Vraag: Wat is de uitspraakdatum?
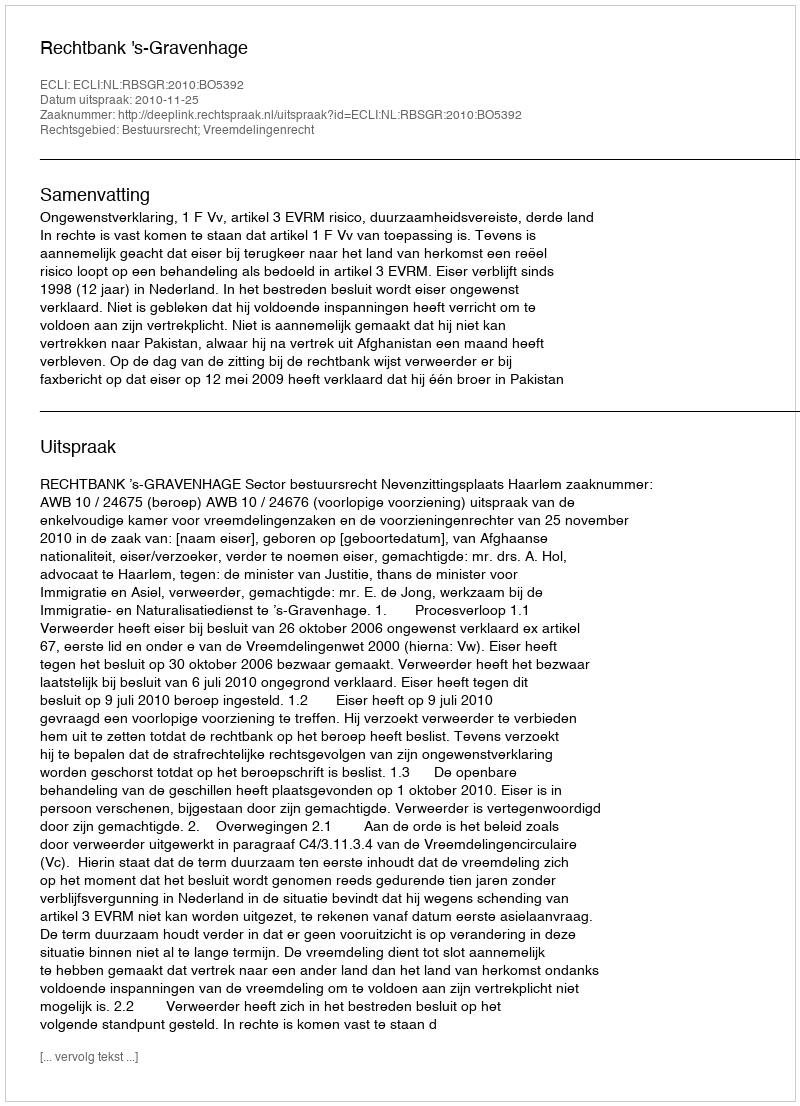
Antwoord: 2010-11-25